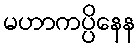
မဟာကပ္ပိနေန